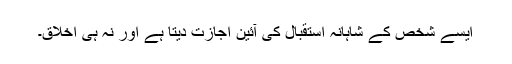
ایسے شخص کے شاہانہ استقبال کی آئین اجازت دیتا ہے اور نہ ہی اخلاق۔